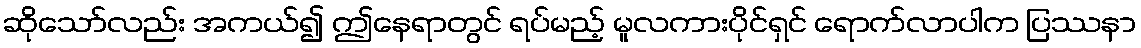
ဆိုသော်လည်း အကယ်၍ ဤနေရာတွင် ရပ်မည့် မူလကားပိုင်ရှင် ရောက်လာပါက ပြဿနာ